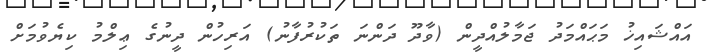
އައްޝައިޚު މަޙައްމަދު ޖަމާލުއްދީން (ވާދޫ ދަންނަ ތަކުރުފާނު) އަރިހުން ދީނުގެ ޢިލްމު ކިޔެވުމަށް